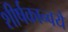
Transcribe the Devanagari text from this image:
शीर्षकान्वये